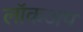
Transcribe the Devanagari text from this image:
लॉकअप